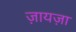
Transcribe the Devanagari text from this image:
ज़ायज़ा